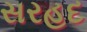
સરહદ